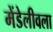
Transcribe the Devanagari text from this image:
मेंडेलीवला